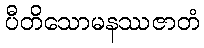
ပီတိသောမနဿဇာတံ